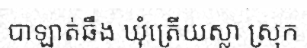
បាឡាត់ឆឹង ឃុំត្រើយស្លា ស្រុក